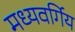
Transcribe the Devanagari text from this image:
मध्यवर्गिय